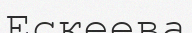
Ескеева